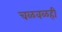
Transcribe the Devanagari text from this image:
चळवळही